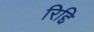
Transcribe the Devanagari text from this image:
रिद्दि